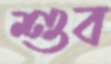
শুব